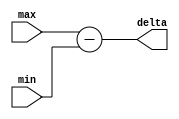
module deltaMaxMin(delta, max, min);
	input [7:0] max, min;
	
	output reg [7:0] delta;
	
	always @(*) begin
		delta = max - min;
	end
	
endmodule